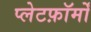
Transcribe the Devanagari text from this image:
प्लेटफ़ॉर्मों